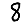
Digit: 8